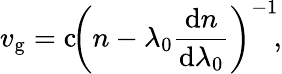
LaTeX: v_{\mathrm{g}}=\mathrm{c}\! \left(n-\lambda_{0}{\frac{\mathrm{d}n}{\mathrm{d}\lambda_{0}}}\right)^{-1}\! ,